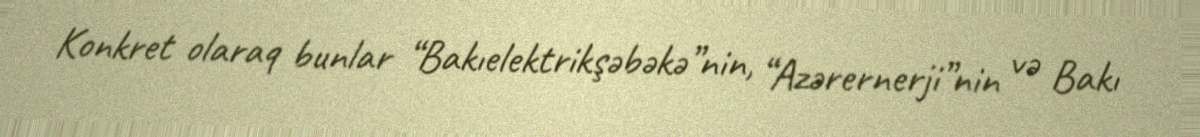
Konkret olaraq bunlar “Bakıelektrikşəbəkə”nin, “Azərernerji”nin və Bakı